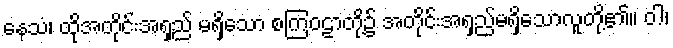
နေသံ၊ ထိုအတိုင်းအရှည် မရှိသော စကြဝဠာတို့၌ အတိုင်းအရှည်မရှိသောလူတို့၏။ ဝါ၊